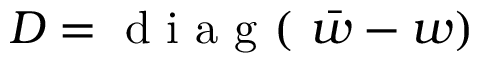
D = \mathrm { ~ d ~ i ~ a ~ g ~ ( ~ } \bar { w } - w )